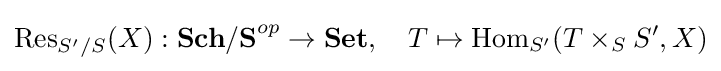
\operatorname {Res} _{S'/S}(X):\mathbf {Sch/S} ^{op}\to \mathbf {Set} ,\quad T\mapsto \operatorname {Hom} _{S'}(T\times _{S}S',X)